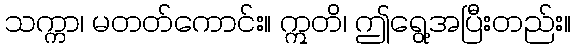
သက္ကာ၊ မတတ်ကောင်း။ ဣတိ၊ ဤရွေ့အပြီးတည်း။